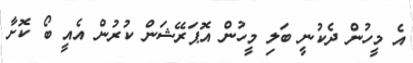
އެ މީހުން ދެކުނީ ބަލި މީހުން އޮޕަރޭޝަން ކުރުން އެއީ ބޯ ކޮށާ